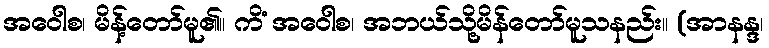
အဝေါစ၊ မိန့်တော်မူ၏။ ကိံ အဝေါစ၊ အဘယ်သို့မိန်တော်မူသနည်း။ (အာနန္ဒ၊